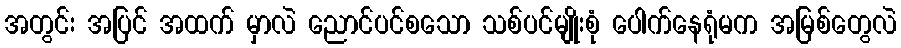
အတွင်း အပြင် အထက် မှာလဲ ညောင်ပင်စသော သစ်ပင်မျိုးစုံ ပေါက်နေရုံမက အမြစ်တွေလဲ